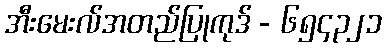
အီးမေးလ်အတည်ပြုကုဒ် - ၆၅၄၃၂၁